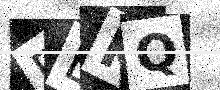
Text: FBKQ